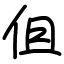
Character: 伹